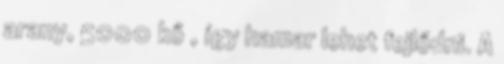
arany, 5000 kő , így hamar lehet fejlődni. A